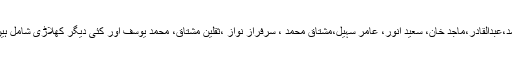
اسی طرح دیگر سابق لیجنڈز جن میں جاید میانداد، سلیم ملک، راشد لطیف، حنیف محمد،عبدالقادر،ماجد خان، سعید انور، عامر سہیل،مشتاق محمد ، سرفراز نواز ،ثقلین مشتاق، محمد یوسف اور کئی دیگر کھلاڑی شامل ہیں اگر انھیں فائنل میچ دیکھنے کے لیے مدعو کیا جاتا تو یہ ایک بہترین جیسچر ہوتا۔